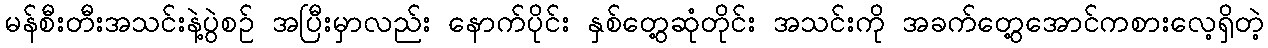
မန်စီးတီးအသင်းနဲ့ပွဲစဉ် အပြီးမှာလည်း နောက်ပိုင်း နှစ်တွေ့ဆုံတိုင်း အသင်းကို အခက်တွေ့အောင်ကစားလေ့ရှိတဲ့